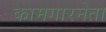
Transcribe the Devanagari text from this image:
कामगारनेता